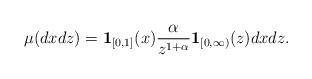
LaTeX: \begin{align*} \mu(dxdz)=\mathbf{1}_{[0,1]}(x)\frac{\alpha}{z^{1+\alpha}}\mathbf{1}_{[0,\infty)}(z)dxdz.\end{align*}